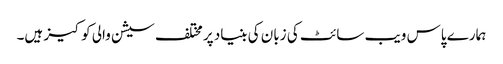
ہمارے پاس ویب سائٹ کی زبان کی بنیاد پر مختلف سیشن والی کوکیز ہیں۔